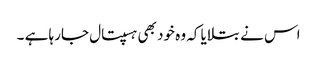
اس نے بتلایا کہ وہ خود بھی ہسپتال جارہا ہے ۔